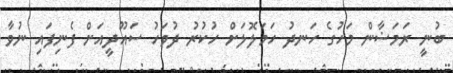
ބުނީ ރަމަޟާން މަހުގެ ހަނދު ހަމަލޮލަށް ހުކުރު ދުވަހު ސައޫދީއަށް ފެނިފައި ނުވާ